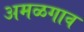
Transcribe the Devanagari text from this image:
अमळगाव